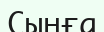
Сынға